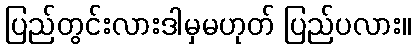
ပြည်တွင်းလားဒါမှမဟုတ် ပြည်ပလား။